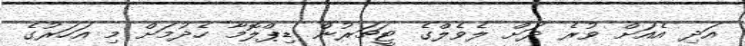
އަދި އެއަށް ވުރެ ދަށް ލެވެލްގެ ޓީޗަރުން ޑިޕްލޮމާ ހެދުމަށް މި އަހަރުގެ